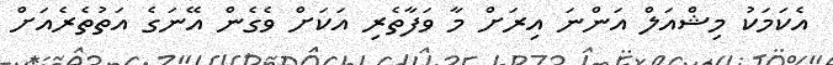
އެކަމަކު މިޝްއަލް އަންނަ އިރަށް މާ ވަފާތެރި އަކަށް ވެގެން އޭނަގެ އަތުތެރެއަށް